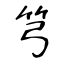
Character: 𥫤